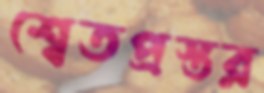
শ্বেতপ্রস্তর